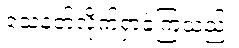
သေနတ်လိုက်ရှာခဲ့ကြသည်။